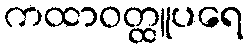
ကထာဝတ္ထူပရေ